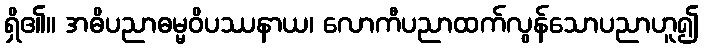
ရှိ၏။ အဓိပညာဓမ္မဝိပဿနာယ၊ လောကီပညာထက်လွန်သောပညာဟူ၍